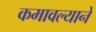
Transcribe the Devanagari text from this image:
कमावल्याने